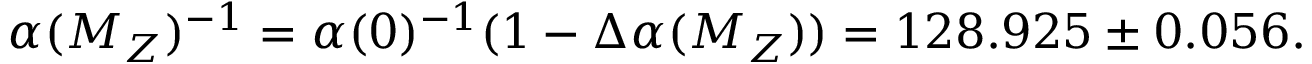
\alpha ( M _ { Z } ) ^ { - 1 } = \alpha ( 0 ) ^ { - 1 } ( 1 - \Delta \alpha ( M _ { Z } ) ) = 1 2 8 . 9 2 5 \pm 0 . 0 5 6 .